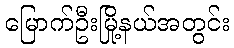
မြောက်ဦးမြို့နယ်အတွင်း